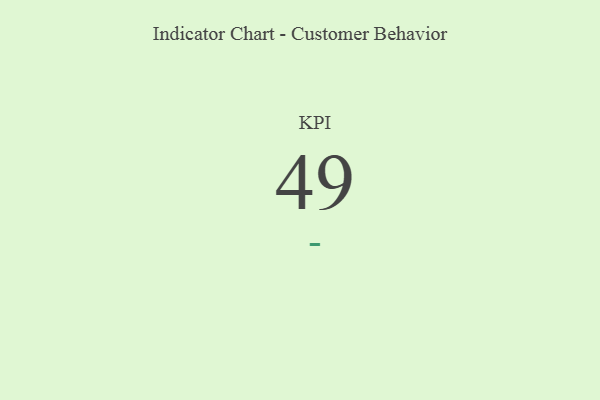
{"axis": {"x": "KPI", "y": "Value"}, "legend": [""], "data": [{"x": "KPI", "y": 49, "type": ""}]}